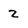
Character: 2